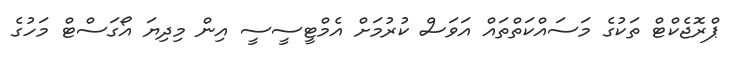
ޕްރޮޖެކްޓް ތަކުގެ މަސައްކަތްތައް އަވަސް ކުރުމަށް އެމްޓީސީސީ އިން މިދިޔަ އޯގަސްޓް މަހުގެ